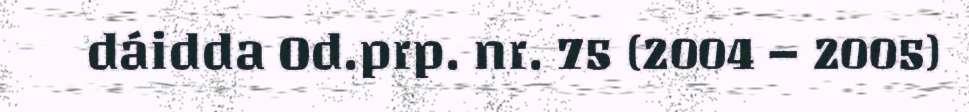
dáidda Od.prp. nr. 75 (2004 – 2005)